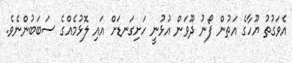
އެވަގުތު ޔޫހާގެ އަތުން ފޯނު ދޫވަން އުޅުނީ ހަށިގަނޑަށް އައި ލޮޅުމެއްގެ ސަބަބުންނެވެ.